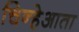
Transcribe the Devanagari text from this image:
चिन्हेआता